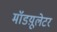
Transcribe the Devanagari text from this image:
मॉडय़ूलेटर